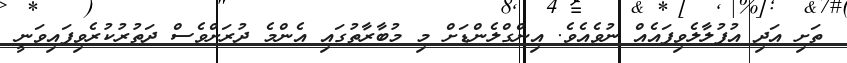
ތަށި އަދި އުފުލާލެވިފައެއް ނުވެއެވެ. އިންގްލެންޑަށް މި މުބާރާތުގައި އެންމެ ދުރަށްވެސް ދަތުރުކުރެވިފައިވަނީ